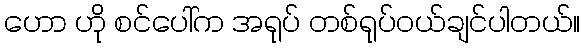
ဟော ဟို စင်ပေါ်က အရုပ် တစ်ရုပ်ဝယ်ချင်ပါတယ်။